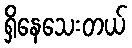
ရှိနေသေးတယ်